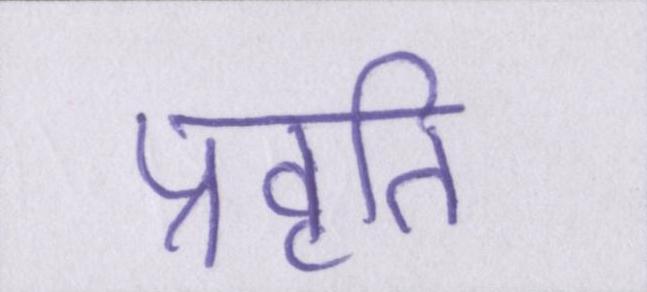
प्रवृति